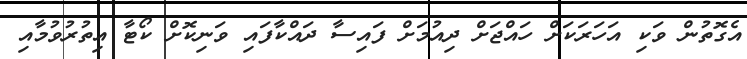
އެގޮތުން ވަކި އަހަރަކަށް ހައްޖަށް ދިއުމަށް ފައިސާ ދައްކާފައި ވަނިކޮށް ކޯޓާ އިތުރުވުމާއި